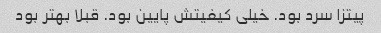
پیتزا سرد بود. خیلی کیفیتش پایین بود. قبلا بهتر بود